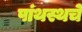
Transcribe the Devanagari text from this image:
पांथस्थचे